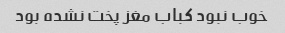
خوب نبود کباب مغز پخت نشده بود